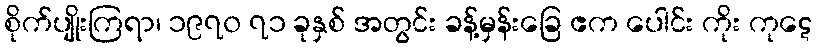
စိုက်ပျိုးကြရာ၊ ၁၉၇၀ ၇၁ ခုနှစ် အတွင်း ခန့်မှန်းခြေ ဧက ပေါင်း ကိုး ကုဋေ